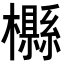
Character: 𣟠